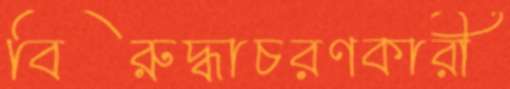
বিরুদ্ধাচরণকারী